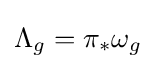
\Lambda _{g}=\pi _{*}\omega _{g}